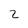
Character: 2